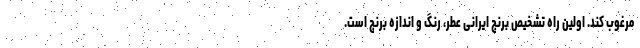
مرغوب کند. اولین راه تشخیص برنج ایرانی عطر، رنگ و اندازه برنج است.